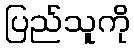
ပြည်သူကို